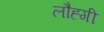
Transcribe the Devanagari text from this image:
लौह्गी